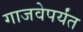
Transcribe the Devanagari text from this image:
गाजवेपर्यंत